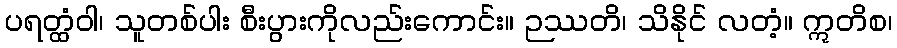
ပရတ္ထံဝါ၊ သူတစ်ပါး စီးပွားကိုလည်းကောင်း။ ဉဿတိ၊ သိနိုင် လတံ့။ ဣတိစ၊